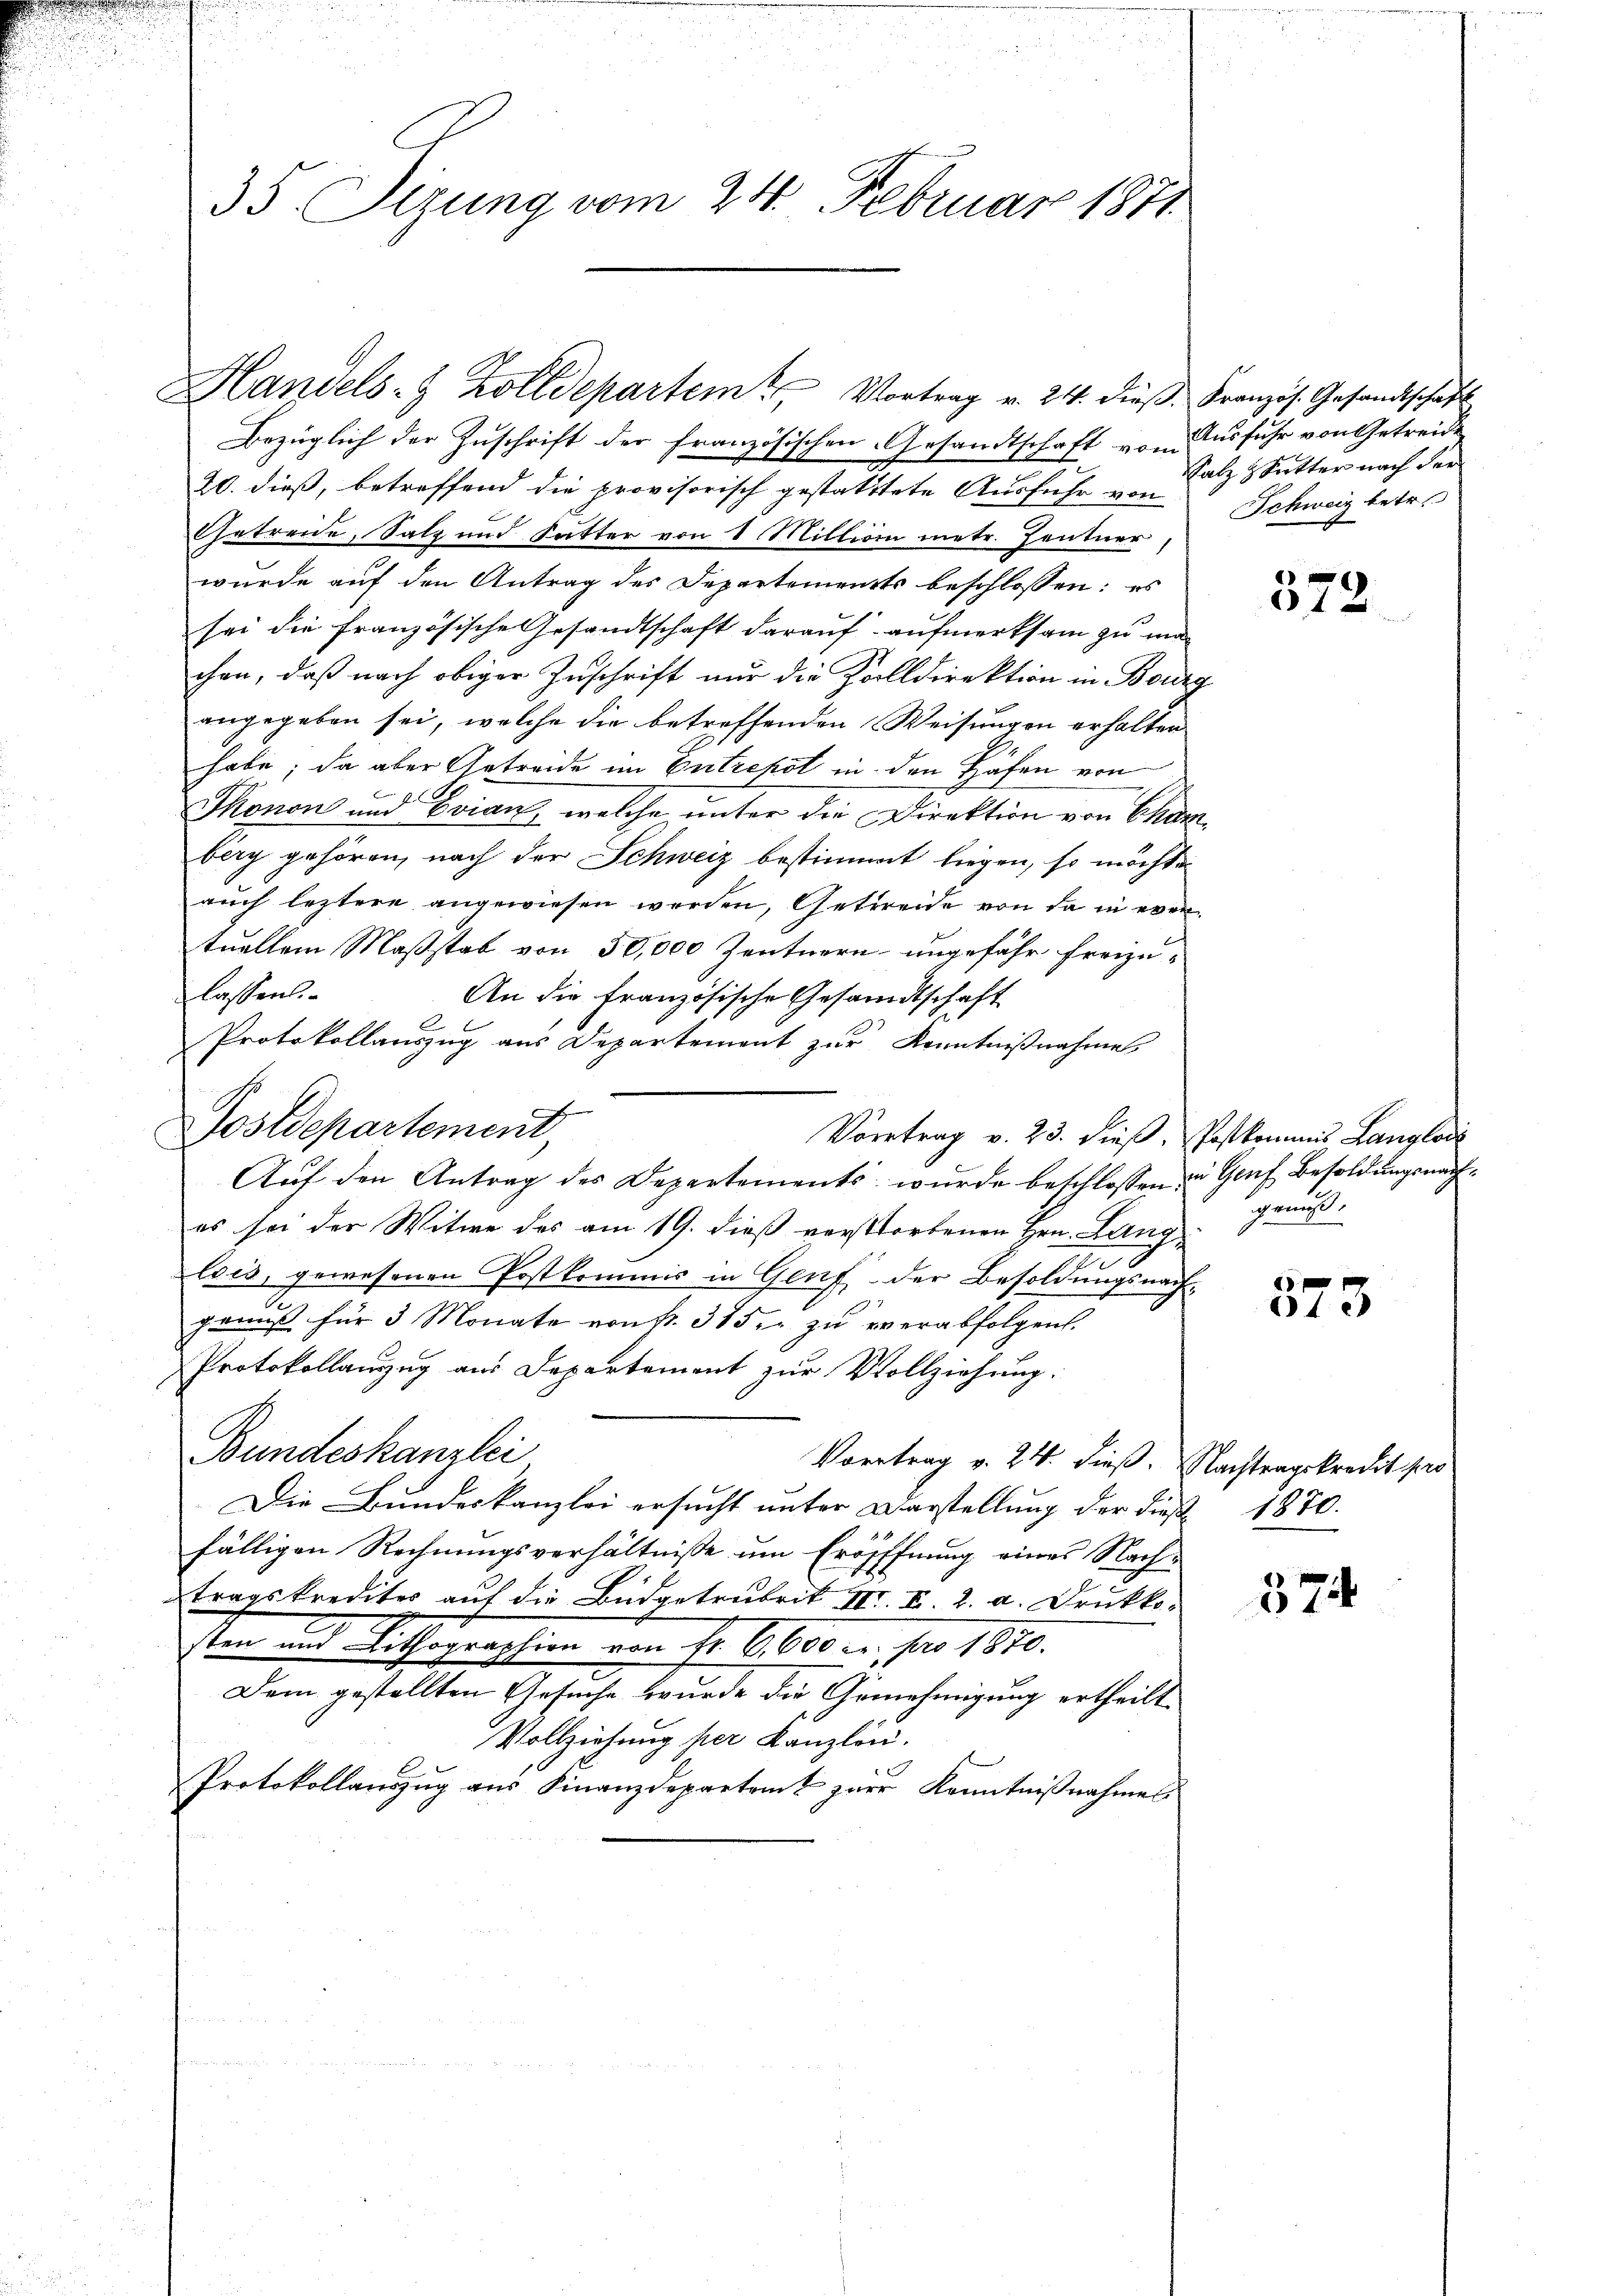
u

35 Sizung vom 24. Februar 1871

Postdepartement,

Handels- & Zolldepartem Vortrag v. 24. dieβ. Französ. Gesandtschaft

Bezüglich der Zuschrift der französischen Gesandtschaft vom Ausfuhr von Getreide
20. dieß, betreffend die provisorisch gestattete Ausfuhr u. Salz Sutter nach der
Getreide, Salz und Futter von 1 Million metr. Zentner,
wurde auf den Antrag des Departements beschlossen: es
sei die französische Gesandtschaft darauf aufmerksam zu ma-
chen, daß nach obiger Zuschrift nur die Zolldirektion in Bourg
angegeben sei, welche die betreffenden Weisungen erhalten
habe; da aber Getreide im Entrepot in den Häfen von
Thonon und Evian, welche unter die Direktion von Chamberg gehören, nach der Schweiz bestimmt liegen, so möchte
auch leztere angewiesen werden, Getreide von da in even
tuellem Maßstab von 50,000 Zentnern ungefähr freizulassen.
An die Französische Gesandtschaft
.
Protokollauszug aus Departement zŭr Kenntniβnahme
Vortrag v. 23. dieβ. Postkommnis Langlose
Aŭf den Antrag des Departements wurde beschlossen zu Genf Besoldungsnaches sei der Witwe des am 19. dieß verstorbenen Hrn. Langlois, gewesenen Postkommis in Genf der Besoldungsnachgenuß für 3 Monate von Nr. 375. zu verabfolgen.
Protokollanzug aus Departement zur Vollziehung.
Bundeskanzlei
Vortrag v. 24. dieß. Nachtragskredit pro
Die Bundeskanzlei ersucht unter Darstellung der dieß 1870.
fälligen Rechnungsverhältnisse um Eröfffnung eines Nachtragskrediter auf die Büdgetrubrik III. II. 2. a. Drukko¬
Ven und Rathegressen vom fr. 6000. r. per 1810.
Dem gestellten Gesuche wurde die Genehmigung ertheilt
Vollziehung per Kanzlei.
Protokollauszug aus Finanzdepartamt zur Kenntniβnahmes

Schweiz betr.

)
15

genuss.

573

374